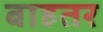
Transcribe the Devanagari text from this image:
बाहतर